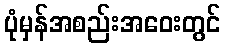
ပုံမှန်အစည်းအဝေးတွင်